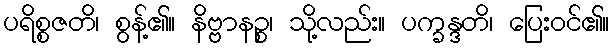
ပရိစ္စဇတိ၊ စွန့်၏။ နိဗ္ဗာနဉ္စ၊ သို့လည်း။ ပက္ခန္ဒတိ၊ ပြေးဝင်၏။